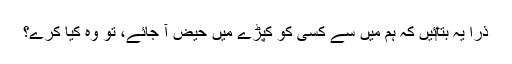
ذرا یہ بتا‎ئیں کہ ہم میں سے کسی کو کپڑے میں حیض آ جائے، تو وہ کیا کرے؟